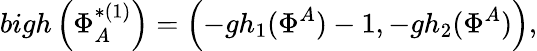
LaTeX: bigh\left(\Phi_{A}^{*(1)}\right)=\left(-gh_{1}(\Phi^{A})-1,-gh_{2}(\Phi^{A})\right),